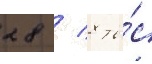
28 / 8 ты́с